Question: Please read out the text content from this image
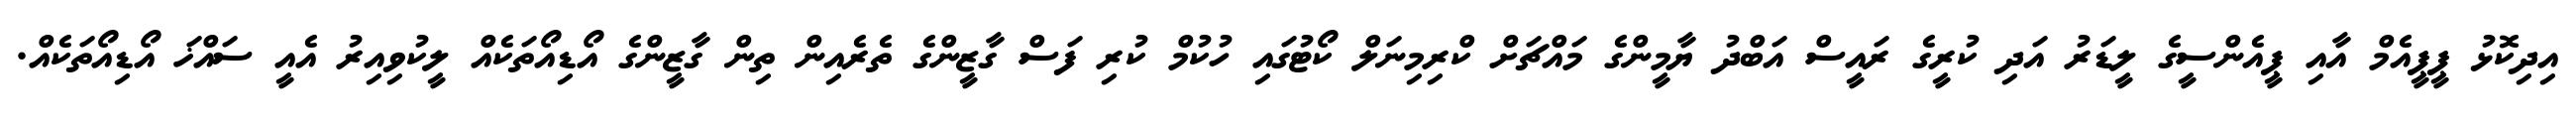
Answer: އިދިކޮޅު ޕީޕީއެމް އާއި ޕީއެންސީގެ ލީޑަރު އަދި ކުރީގެ ރައީސް އަބްދު ޔާމީންގެ މައްޗަށް ކްރިމިނަލް ކޯޓުގައި ހުކުމް ކުރި ފަސް ގާޒީންގެ ތެރެއިން ތިން ގާޒީންގެ އޯޑިއޯތަކެއް ލީކުވިއިރު އެއީ ސައްޚަ އޯޑިއޯތަކެއް.